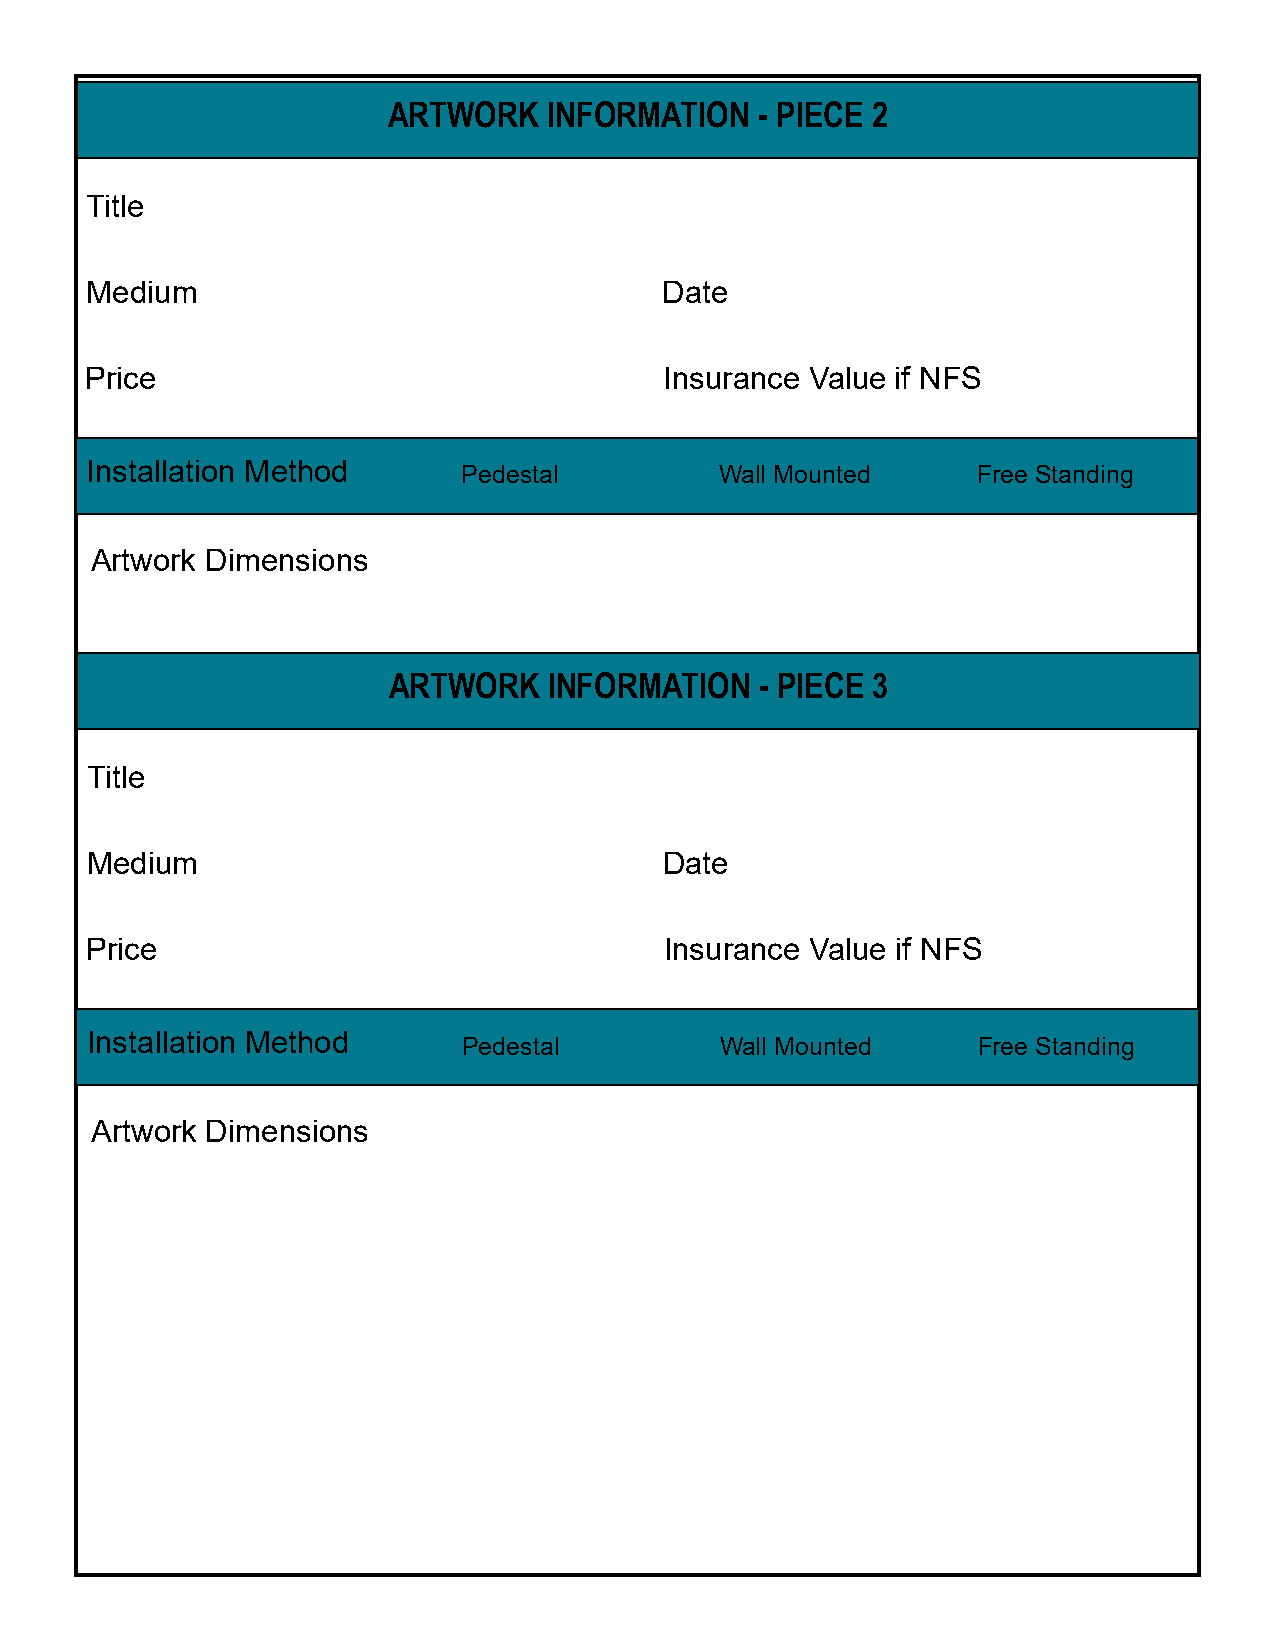
ARTWORK   INFORMATION   - PIECE 2
 Title
 Medium                                Date
 Price                                 Insurance Value if NFS
 Installation Method      Pedestal         Wall Mounted     Free Standing
 Artwork Dimensions
 ARTWORK   INFORMATION   - PIECE 3
 Title
 Medium                                Date
 Price                                 Insurance Value if NFS
 Installation Method      Pedestal         Wall Mounted     Free Standing
 Artwork Dimensions